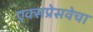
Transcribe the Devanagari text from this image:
एक्सप्रेसवेचा